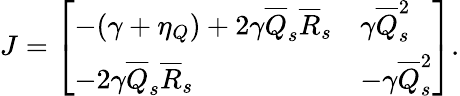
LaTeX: J=\left[\begin{array}{ll}{-(\gamma+\eta_{Q})+2\gamma\overline{Q}_{s}\overline{R}_{s}}&{\gamma\overline{Q}_{s}^{2}}\\ {-2\gamma\overline{Q}_{s}\overline{R}_{s}}&{-\gamma\overline{Q}_{s}^{2}}\end{array}\right].